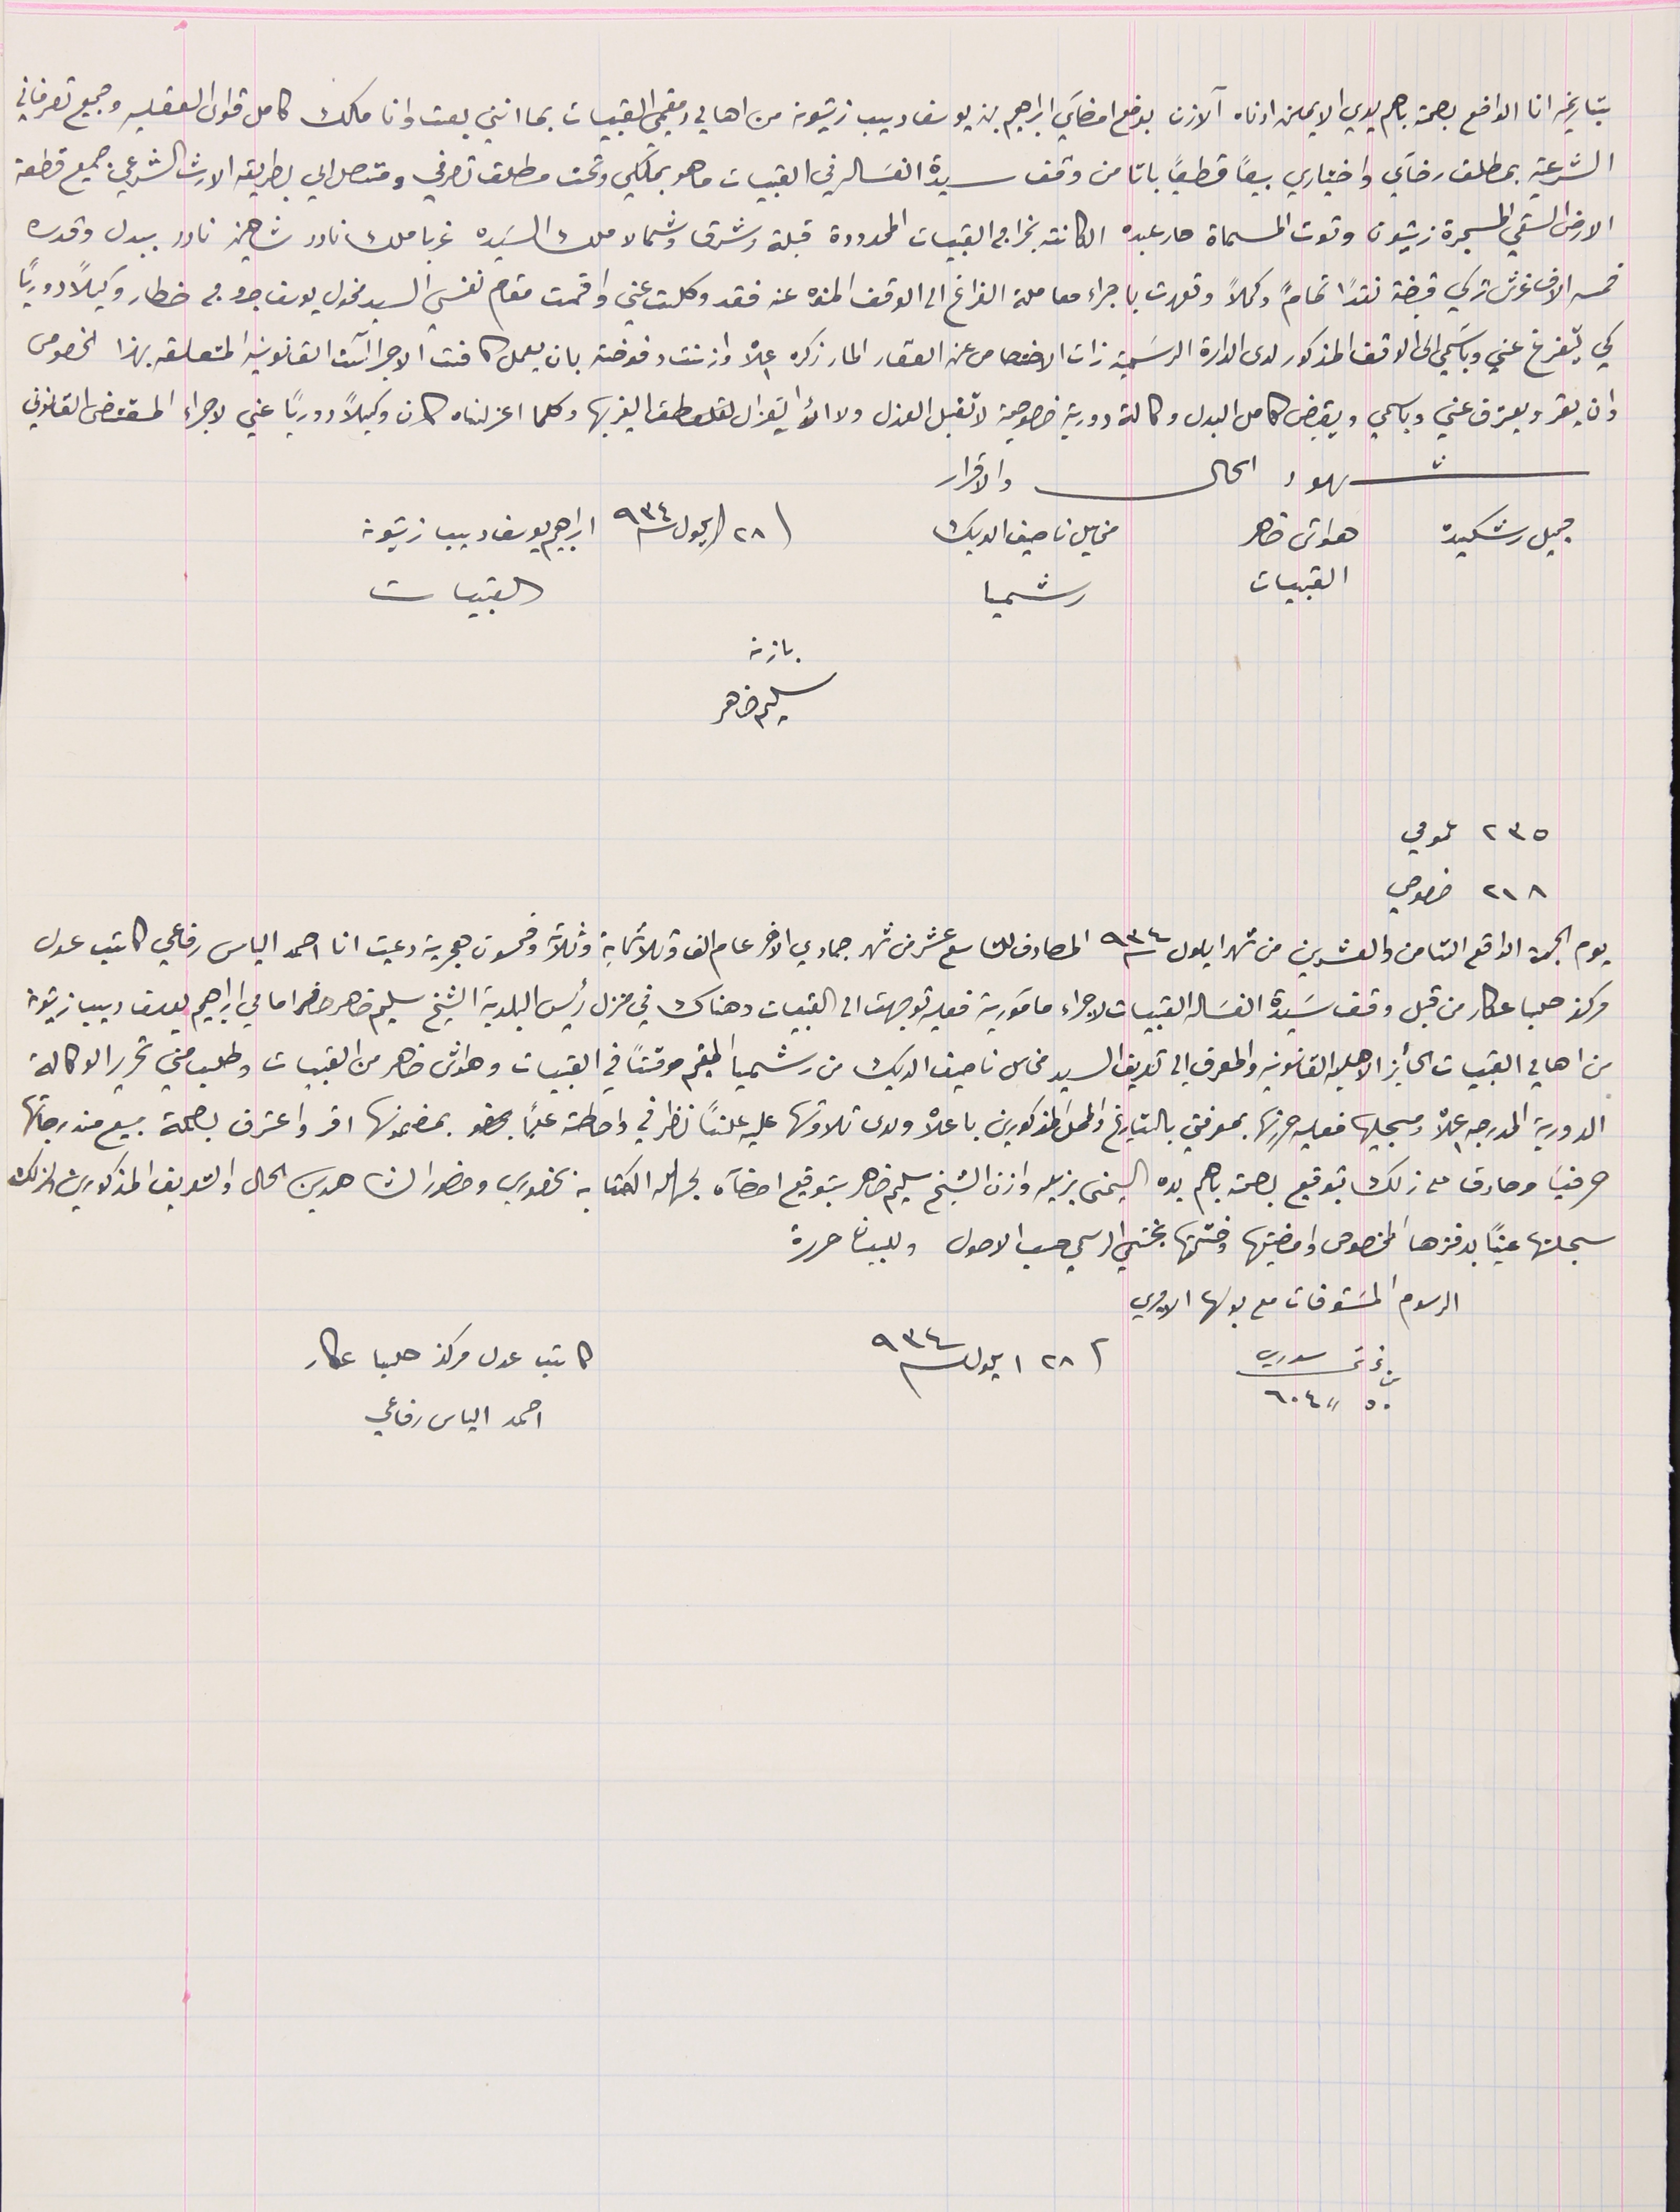
بتاريخِه انا الواضع بصمة باهم يدي الايمن ادناه الآذن بوضع امضآي ابراهيم بن يوسف ديب زيتونه من اهالي ومقيمي القبيات بما انني بعت وانا مالك كامل قواى العقليه وجميع تصرفاتي
الشرعية بمطلق رضآي واختياري بيعاً قطعياً باتا من وقف سيدة الغسَاله في القبيات ما هو بملكي وتحت مطلق تصرفي ومتصل الي بطريقه الارث الشرعي جميع قطعة
الأرض السقي المسجرة زيتون وتوت المسماة مار عبده الكائنه بخراج القبيات المحدودة قبلة وشرق وشمالا ملك السَيده غربا ملك نادر شاهين نادر ببدل وقدره
خمسة الاف غرش تركي قبضته نقدًا تمامً وكمالاً وتعهدت باجراء معاملة الفراغ الى الوقف المنوه عنه فقد وكلت عني واقمت مقام نفسي السيد مخول يوسف جروج خطار وكيلاً دورياً
كي يتفرغ عني وباسَمي الى الوقف المذكور لدى الدارة الرسَمية ذات الاختصاص عن العقار المار ذكره اعلاه واذنت وفوضته بان يعمل كافت الاجراآت القانونيه المتعلقه بهذا الخصوص
وان يقر و يعرّف عني وباسمي ويقبض كامل البدل وكالة دورية خصوصية لا تقبل العزل ولا إيتعزال الغير بها وكلما اعزلناه كان وكيلاً دورياً عني لاجراء المقتضى القانوني
شهود الحال والاقرار
فى ٢٨ ايلول سنة ٩٣٤
 ابراهيم يوسف ديب زيتونه القبيات
مخايل ناصيف الديك رشميا
باذن سليم ضاهر
٢٣٥ عمومي
يوم الجمعة الواقع الثامن والعشرين من شهر ايلول سنة ٩٣٤ المصادف للتاسع عشر من شهر جمادي الاخر عام الف وثلاثماية وثلاث وخمسون هجرية دعيت انا احمد الياس رفاعي كاتب عدل
مركز حلبا عكار من قبل وقف سَيدة الغسَاله القبيات لاجراء مآمورية فعليه توجهت الى القبيات وهناك في منزل رئيس البلدية الشيخ سليم ضاهر حاضر امامي ابراهيم يوسف ديب زيتونه
من اهالي القبيات الحأيز الاهليه القانونيه والمعرف الي تعريف السيد مخاىل ناصيف الديك من رشميا المقيم موقتاً في القبيات وهواش ضاهر من القبيات وطلب مني تحرير الوكالة
الدورية المدرجه اعلاه ومسجليها فعليه حررتها بمعرفتي بالتاريخ والمحل المذكورين باعلاه ولدى تلاوتها عليه علناً نظر في واحطته علماً بمضمونها اقر واعترف بصحة بيع مندرجاتها
حرفياً وصادق على ذلك بتوقيع بصحة باهم يده اليمنى بزيله واذن الشيخ سليم ضاهر بتوقيع امضآه لجهله الكتابه بحضوري وحضور الشاهدين الحال والتعريف المذكورين ولذلك
سجلتها عيناً بدفترها المخصوص وامضيتها وختمتها بختمي الرسمي حسب الاصول وللبيان حررة
كاتب عدل مركز حلبا عكار
 من غرش سوري ٥٠  „  ٦٠٤                فى ٢٨ ايلول سنة ٩٣٤
احمد الياس رفاعي
٢١٨ خصوصي
الرسوم المسَتوفات مع بدلها الاميري
هواش ضاهر القبيات
جميل رشكيده